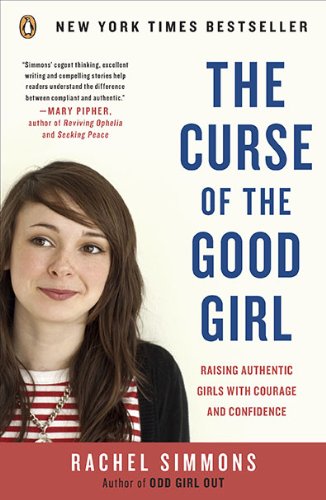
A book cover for The Curse of the Good Girl: Raising Authentic Girls with Courage and Confidence; Rachel Simmons; Medical Books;